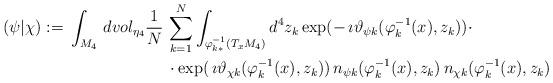
LaTeX: \begin{align*}(\psi|\chi):=\,\int_{M_4}\,dvol_{{\eta}_4}\frac{1}{N}\,&\sum^N_{k=1}\int_{\varphi^{-1}_{k*}(T_xM_4)}d^4z_k \exp(-\,\imath \vartheta_{\psi k}(\varphi^{-1}_{k}(x),z_k))\cdot\\&\cdot \exp(\,\imath \vartheta_{\chi k}(\varphi^{-1}_{k}(x),z_k))\,n_{\psi k}(\varphi^{-1}_{k}(x),z_k) \,n_{\chi k}(\varphi^{-1}_{k}(x),z_k)\end{align*}